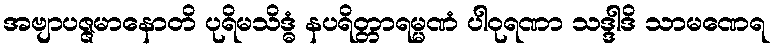
အဗျာပဇ္ဇမာနောတိ ပုရိမသိဒ္ဓံ နပရိတ္တာရမ္မဏံ ပါဝုရဏာ သဒ္ဒါဒိ သာမဏေရ